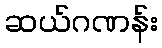
ဆယ်ဂဏန်း